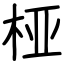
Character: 桠